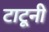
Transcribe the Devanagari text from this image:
टाटूनी